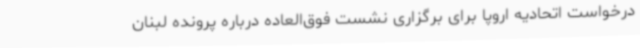
درخواست اتحادیه اروپا برای برگزاری نشست فوق‌العاده درباره پرونده لبنان